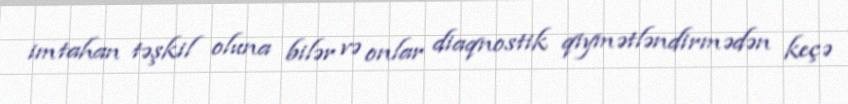
imtahan təşkil oluna bilər və onlar diaqnostik qiymətləndirmədən keçə